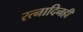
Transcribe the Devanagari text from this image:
रत्नादिनहीं